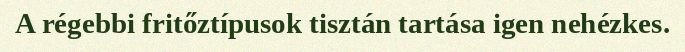
A régebbi fritőztípusok tisztán tartása igen nehézkes.